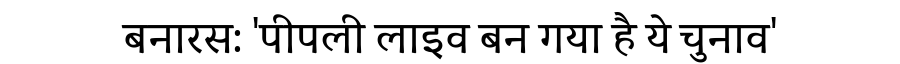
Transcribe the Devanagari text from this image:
बनारस: 'पीपली लाइव बन गया है ये चुनाव'